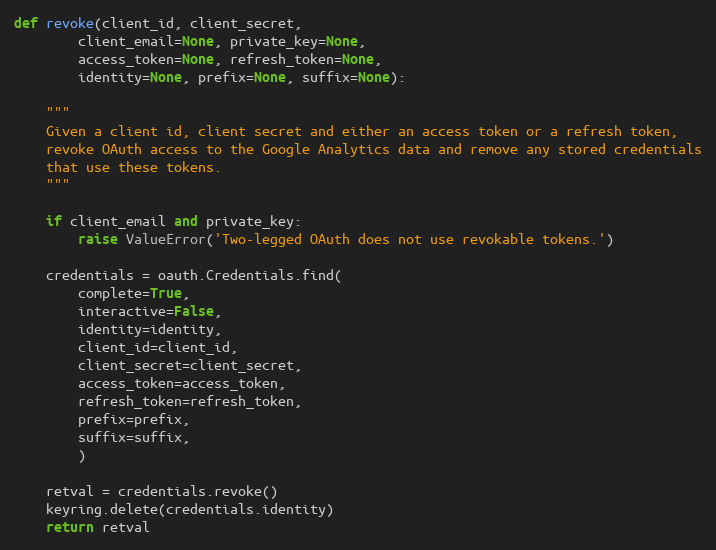
Language: Python
def revoke(client_id, client_secret,
        client_email=None, private_key=None,
        access_token=None, refresh_token=None,
        identity=None, prefix=None, suffix=None):

    """
    Given a client id, client secret and either an access token or a refresh token,
    revoke OAuth access to the Google Analytics data and remove any stored credentials
    that use these tokens.
    """

    if client_email and private_key:
        raise ValueError('Two-legged OAuth does not use revokable tokens.')

    credentials = oauth.Credentials.find(
        complete=True,
        interactive=False,
        identity=identity,
        client_id=client_id,
        client_secret=client_secret,
        access_token=access_token,
        refresh_token=refresh_token,
        prefix=prefix,
        suffix=suffix,
        )

    retval = credentials.revoke()
    keyring.delete(credentials.identity)
    return retval